Annual report on the working of the lock hospitals in the Central Provinces
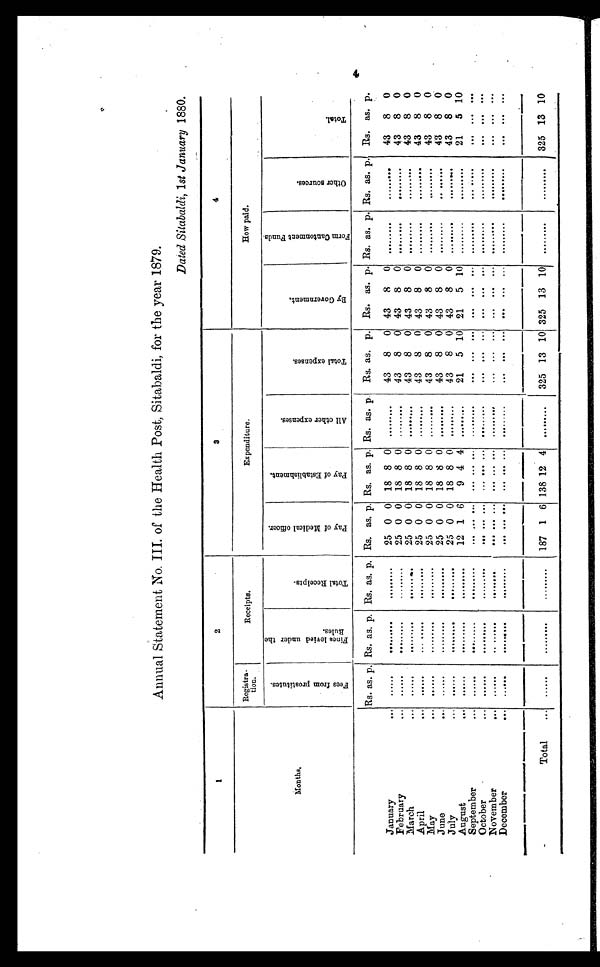
Annual Statement No.III of the Health Post, Sitabaldi, for the year 1879.
Dated Sitabaldi,1st January 1880.
1
2
3
4
Registra•
tion.
Receipts.
Expenditure.
How paid.
Months.
F e e f r o m p r o s t u t e s
F i n e s l e v i e d u n d e r t h e B u l e s
T o t a l R e c e i p s t
P a y o f m e d i c a l o f f c e r
p a y o f E s t a b l i s h m e n t
A l l o t h e r E x p e n s e s
T o t a l e x p e n s e s
B y G o v e r n m e n t
F o r m o a n t o n m e n t F u n d s O t h e r s o u r c e s
o t h e r s o u r c e s
T o t s l
Rs. as. p. Rs. as. p. Rs, as. p. Rs. as. p. Rs. as. p. Rs. as. p.
Rs. as. p. Rs. as. p. Rs. as. p. Rs. as. p. Rs. as. p.
January
• • •
...
25 0 0 18 8 0
43
8
0 43
8
0
•••
43
8
0
February
,..
• • •
25 0 0 18 8 0
...
43
8
0 43
8
0 0
∙∙∙
43
8
0
March
• • •
.
• • •
25 0 0 18 8 0 .........
43
8
0 43
8
0
..
43
8
0
April
• • •
.....
25 0 0 18 8
0
43
8
0 43
8
0
••
43
8
0
May
••
.•••
25 0 0 18 8 0 •
....
43
8
0 43
8
0
43
8
0
June
–
25 0 0 18 8 0
43
8
0 43
8
0
43
8
0
July
...
.
••
25 0 0 18 8 0
43
8
0 43
8
0
43
8
0
August
...
...
12 1 6
9 4 4 .........
21
5 10 21
5 10
••• ••••••
21
5 10
•••
O
September
..
..
......
• • •
• • •
•••
-
.
N
ctober
..
• • • • • .
. . ••• • .
••• 11
•
•
•
•
• • •
• ••
•••
ovember
...
......
–
• • • •••
.
•••
•
••
.. f
•
•••
•
December
•••
•..•••
••••
•••
•••
•••
••••
•••
•
.........
•••
•••
•• •
•••
•• •
•
• • •
•••
• • •
Total
...
187
''''''
1 6 138 12 4
..• ......
325 13 10 325 13 10
....
....
325 13 10
4